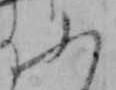
ふ